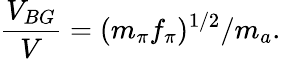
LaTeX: \frac{V_{BG}}{V}={(m_{\pi}f_{\pi})^{1/2}/m_{a}}.